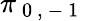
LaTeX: \pi_{\mathrm{~0~,~-~1~}}